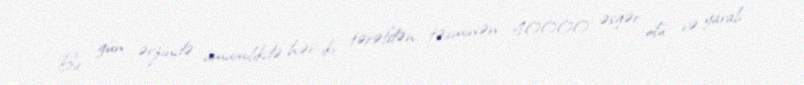
Bir gün ərzində ümumilikdə hər iki tərəfdən təxminən 40000 əsgər ölü və yaralı